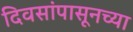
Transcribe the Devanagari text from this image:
दिवसांपासूनच्या